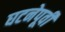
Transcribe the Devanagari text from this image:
घटनेपूर्वी